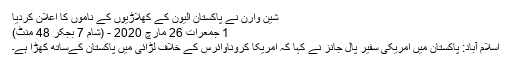
شین وارن نے پاکستان الیون کے کھلاڑیوں کے ناموں کا اعلان کردیا
1 جمعرات 26 مارچ‬‮ 0202 - (شام 7 بجکر 84 منٹ)
اسلام آباد: پاکستان میں امریکی سفیر پال جانز نے کہا کہ امریکا کروناوائرس کے خلاف لڑائی میں پاکستان کےساتھ کھڑا ہے۔